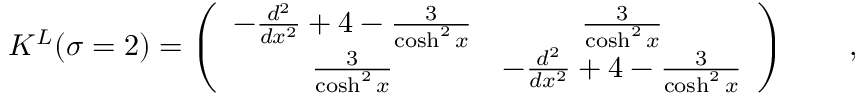
{ \cal K } ^ { L } ( \sigma = 2 ) = \left( \begin{array} { c c } { { - \frac { d ^ { 2 } } { d x ^ { 2 } } + 4 - \frac { 3 } { \cosh ^ { 2 } x } } } & { { \frac { 3 } { \cosh ^ { 2 } x } } } \\ { { \frac { 3 } { \cosh ^ { 2 } x } } } & { { - \frac { d ^ { 2 } } { d x ^ { 2 } } + 4 - \frac { 3 } { \cosh ^ { 2 } x } } } \end{array} \right) \qquad ,